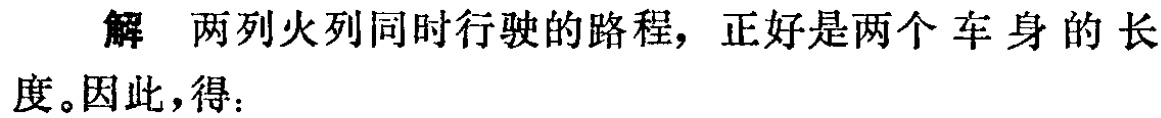
解 两列火列同时行驶的路程，正好是两个车身的长度。因此，得：